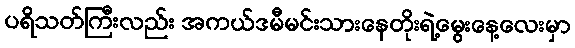
ပရိသတ်ကြီးလည်း အကယ်ဒမီမင်းသားနေတိုးရဲ့မွေးနေ့လေးမှာ